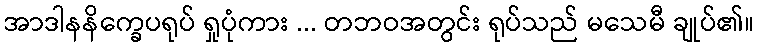
အာဒါနနိက္ခေပရုပ် ရှုပုံကား ... တဘဝအတွင်း ရုပ်သည် မသေမီ ချုပ်၏။